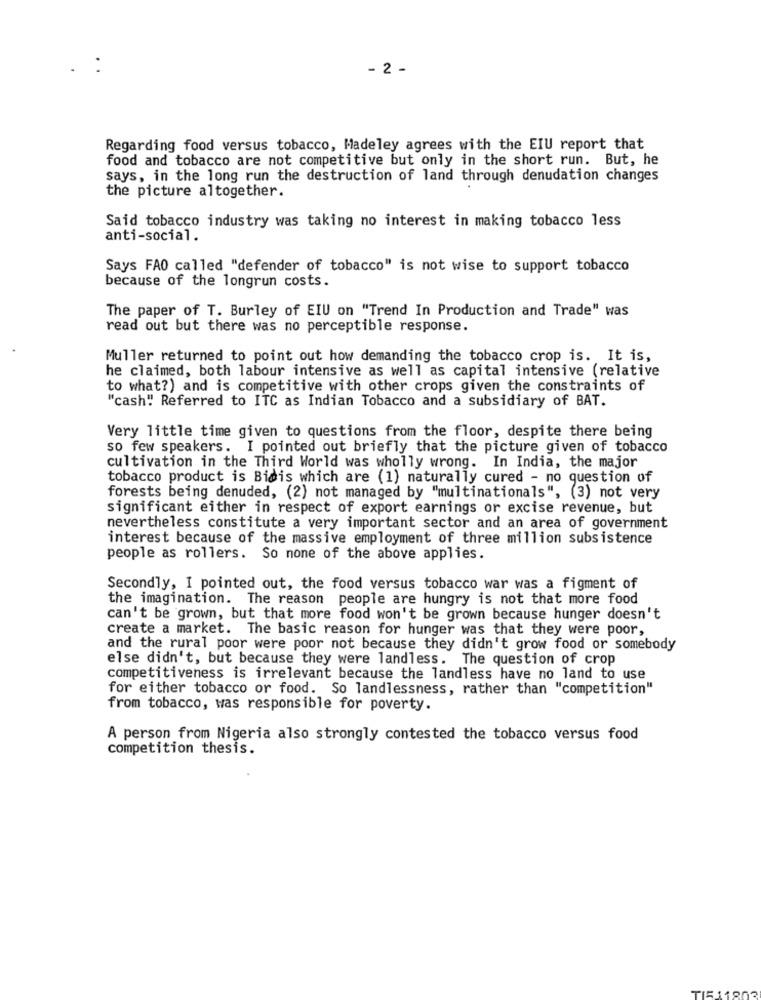
- 2 -
Regarding food versus tobacco, Madeley agrees with the EIU report that
food and tobacco are not competitive but only in the short run. But, he
says, in the long run the destruction of land through denudation changes
the picture altogether.
Said tobacco industry was taking no interest in making tobacco less
anti-social.
Says FAO called "defender of tobacco" is not wise to support tobacco
because of the longrun costs.
The paper of T. Burley of EIU on "Trend In Production and Trade" was
read out but there was no perceptible response.
Muller returned to point out how demanding the tobacco crop is. It is,
he claimed, both labour intensive as well as capital intensive (relative
to what?) and is competitive with other crops given the constraints of
"cash" Referred to ITC as Indian Tobacco and a subsidiary of BAT.
Very little time given to questions from the floor, despite there being
so few speakers. I pointed out briefly that the picture given of tobacco
cultivation in the Third World was wholly wrong. In India, the major
tobacco product is Bidis which are (1) naturally cured - no question of
forests being denuded, (2) not managed by "multinationals", (3) not very
significant either in respect of export earnings or excise revenue, but
nevertheless constitute a very important sector and an area of government
interest because of the massive employment of three million subsistence
people as rollers. So none of the above applies.
Secondly, I pointed out, the food versus tobacco war was a figment of
the imagination. The reason people are hungry is not that more food
can't be grown, but that more food won't be grown because hunger doesn't
create a market. The basic reason for hunger was that they were poor,
and the rural poor were poor not because they didn't grow food or somebody
else didn't, but because they were landless. The question of crop
competitiveness is irrelevant because the landless have no land to use
for either tobacco or food. So landlessness, rather than "competition"
from tobacco, was responsible for poverty.
A person from Nigeria also strongly contested the tobacco versus food
competition thesis.
TIS11802